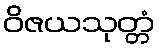
ဝိဇယသုတ္တံ